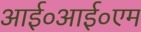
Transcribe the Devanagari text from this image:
आई०आई०एम